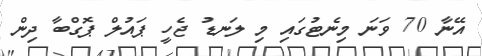
އޭނާ 70 ވަނަ މިނެޓުގައި މި ލަނޑު ޖެހީ ޕައުލް ޕޮގްބާ ދިން